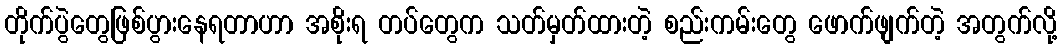
တိုက်ပွဲတွေဖြစ်ပွားနေရတာဟာ အစိုးရ တပ်တွေက သတ်မှတ်ထားတဲ့ စည်းကမ်းတွေ ဖောက်ဖျက်တဲ့ အတွက်လို့